Calcutta medical institutions reports 1879-81 [i.e.91]
Year: 1879
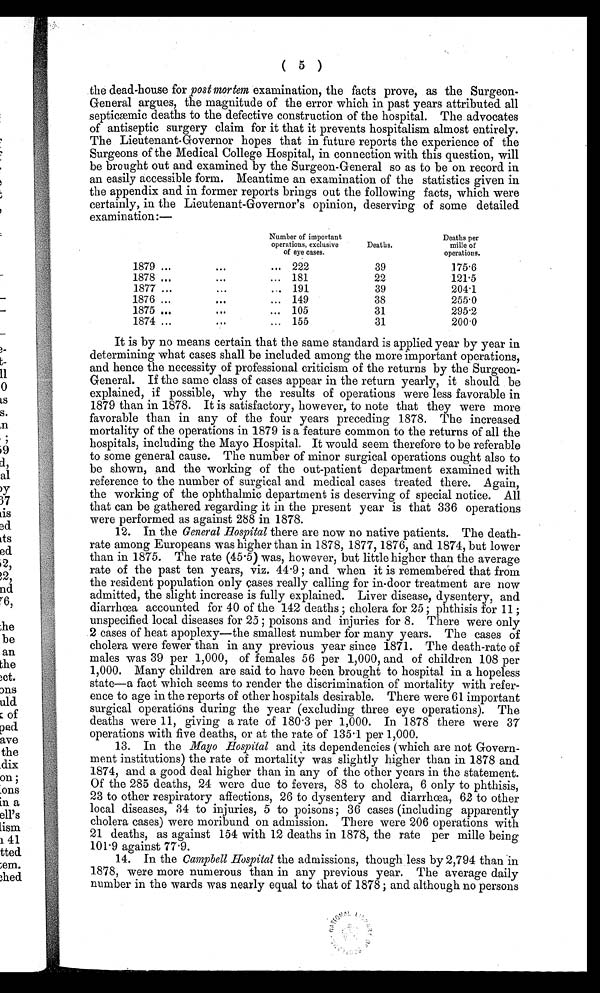
( 5 )
the dead-house for post mortem examination, the facts prove, as the Surgeon-
General argues, the magnitude of the error which in past years attributed all
septicæmic deaths to the defective construction of the hospital. The advocates
of antiseptic surgery claim for it that it prevents hospitalism almost entirely.
The Lieutenant-Governor hopes that in future reports the experience of the
Surgeons of the Medical College Hospital, in connection with this question, will
be brought out and examined by the Surgeon-General so as to be on record in
an easily accessible form. Meantime an examination of the statistics given in
the appendix and in former reports brings out the following facts, which were
certainly, in the Lieutenant-Governor's opinion, deserving of some detailed
examination:—
Number of important
operations, exclusive
of eye cases.
Deaths.
Deaths per
mille of
operations.
1879
222
39
175.6
1878
1877
181
191
22
39
121.5
2 0 4 . 1
1876
149
38
255.0
1875
105
31
295.2
1874
155
31
200.0
It is by no means certain that the same standard is applied year by year in
determining what cases shall be included among the more important operations,
and hence the necessity of professional criticism of the returns by the Surgeon-
General. If the same class of cases appear in the return yearly, it should be
explained, if possible, why the results of operations were less favorable in
1879 than in 1878. It is satisfactory, however, to note that they were more
favorable than in any of the four years preceding 1878. The increased
mortality of the operations in 1879 is a feature common to the returns of all the
hospitals, including the Mayo Hospital. It would seem therefore to be referable
to some general cause. The number of minor surgical operations ought also to
be shown, and the working of the out-patient department examined with
reference to the number of surgical and medical cases treated there. Again,
the working of the ophthalmic department is deserving of special notice. All
that can be gathered regarding it in the present year is that 336 operations
were performed as against 288 in 1878.
12. In the General Hospital there are now no native patients. The death-
rate among Europeans was higher than in 1878, 1877, 1876, and 1874, but lower
than in 1875. The rate (45.5) was, however, but little higher than the average
rate of the past ten years, viz. 44.9; and when it is remembered that from
the resident population only cases really calling for in-door treatment are now
admitted, the slight increase is fully explained. Liver disease, dysentery, and
d i a r r h œ a a c c o u n t e d f o r 4 0 o f t h e 1 4 2 d e a t h s ; c h o l e r a f o r 2 5 ; p h t h i s i s f o r 1 1 ;
unspecified local diseases for 25; poisons and injuries for 8. There were only
2 cases of heat apoplexy—the smallest number for many years. The cases of
cholera were fewer than in any previous year since 1871. The death-rate of
males was 39 per 1,000, of females 56 per 1,000, and of children 108 per
1,000. Many children are said to have been brought to hospital in a hopeless
state—a fact which seems to render the discrimination of mortality with refer- -
ence to age in the reports of other hospitals desirable. There were 61 important
surgical operations during the year (excluding three eye operations). The
deaths were 11, giving a rate of 180.3 per 1,000. In 1878 there were 37
operations with five deaths, or at the rate of 135.1 per 1,000.
13. In the Mayo Hospital and its dependencies (which are not Govern
- m e n t i n s t i t u t i o n s ) t h e r a t e o f m o r t a l i t y w a s s l i g h t l y h i g h e r t h a n i n 1 8 7 8 a n d
1874, and a good deal higher than in any of the other years in the statement.
Of the 285 deaths, 24 were due to fevers, 88 to cholera, 6 only to phthisis,
23 to other respiratory affections, 26 to dysentery and diarrhœa, 62 to other
local diseases, 34 to injuries, 5 to poisons; 36 cases (including apparently
cholera cases) were moribund on admission. There were 206 operations with
21 deaths, as against 154 with 12 deaths in 1878, the rate per mille being
101.9 against 77.9.
14. In the Campbell Hospital the admissions, though less by 2,794 than in
1878, were more numerous than in any previous year. The average daily
number in the wards was nearly equal to that of 1878; and although no persons